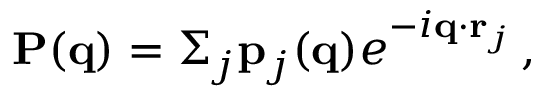
{ \bf P } ( { \bf q } ) = \Sigma _ { j } { \bf p } _ { j } ( { \bf q } ) e ^ { - i { \bf q } \cdot { \bf r } _ { j } } \, ,